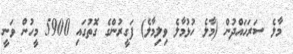
މާލެ ސަރަހައްދުން (މާލެ ހުޅުމާލެ ވިލިމާލެ) ފަގީރުންގެ ގޮތުގައި 5900 މީހުން ވަނީ